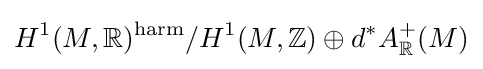
H^{1}(M,\mathbb {R} )^{\mathrm {harm} }/H^{1}(M,\mathbb {Z} )\oplus d^{*}A_{\mathbb {R} }^{+}(M)